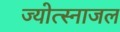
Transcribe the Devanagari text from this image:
ज्योत्स्नाजल